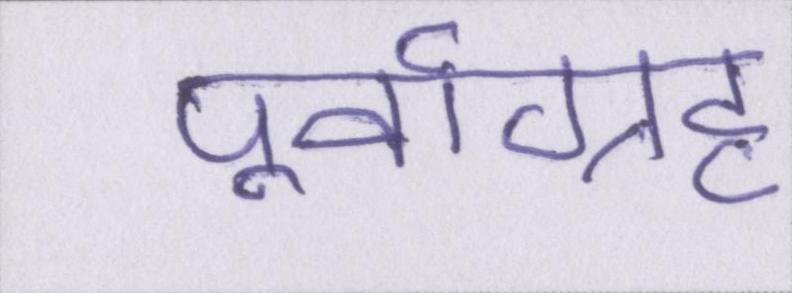
पूर्वाग्रह